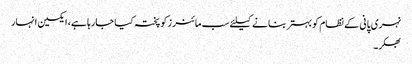
نہری پانی کے نظام کو بہتر بنا نے کیلئے سب مائنر زکو پختہ کیا جارہا ہے، ایکسین انہار
بھکر۔